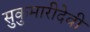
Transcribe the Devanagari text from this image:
सुकुमारीदेवी